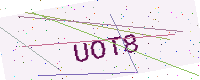
Text: UOT8